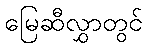
မြေဆီလွှာတွင်